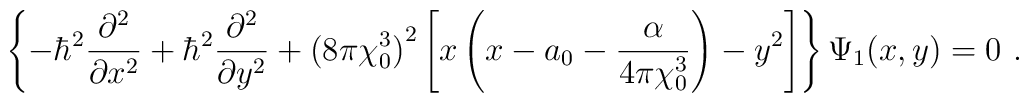
\left\{ -\hbar^{2} \frac{\partial ^{2}}{\partial x^{2}} +       \hbar^{2} \frac{\partial ^{2}}{\partial y^{2}}  +       {(8\pi\chi_{0}^{3})}^{2} \left[ x\left(x-a_{0}-       \frac{\alpha}{4\pi\chi_{0}^{3}}\right) - y^{2} \right] \right\}       \Psi_{1}(x,y) = 0 ~.